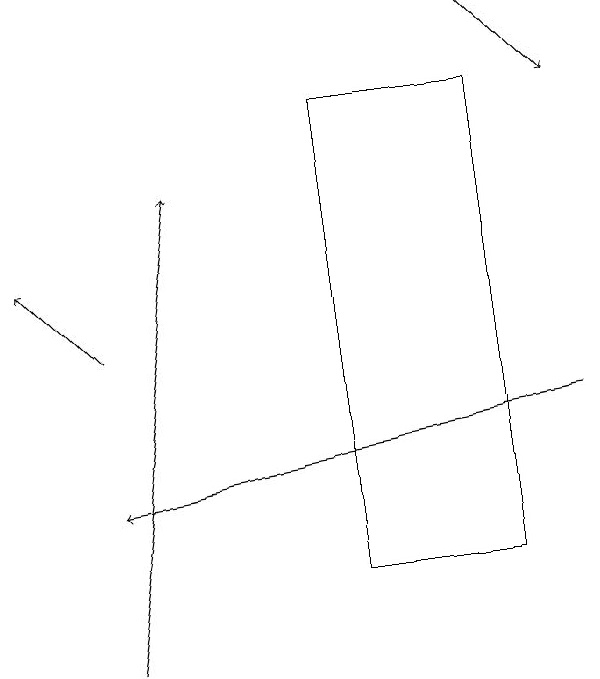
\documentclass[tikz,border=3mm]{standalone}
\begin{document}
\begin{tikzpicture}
\draw (5,12) rectangle (7,18);
\draw[->] (2,15) -- (1,16);
\draw[->] (2,11) -- (3,17);
\draw[->] (8,14) -- (2,13);
\draw[->] (7,19) -- (8,18);
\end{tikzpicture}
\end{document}